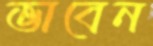
ভাবেন